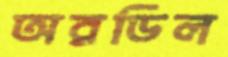
অরডিল